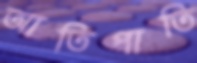
আতিপাতি